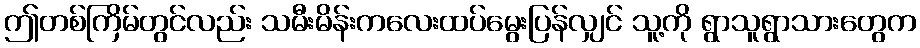
ဤတစ်ကြိမ်တွင်လည်း သမီးမိန်းကလေးထပ်မွေးပြန်လျှင် သူ့ကို ရွာသူရွာသားတွေက